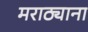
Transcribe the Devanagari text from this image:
मराठ्याना